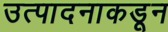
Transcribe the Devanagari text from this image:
उत्पादनाकडून